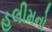
હલીમનો